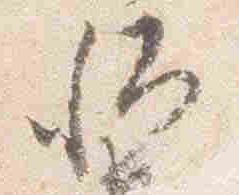
卿